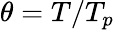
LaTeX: \theta=T/T_{p}